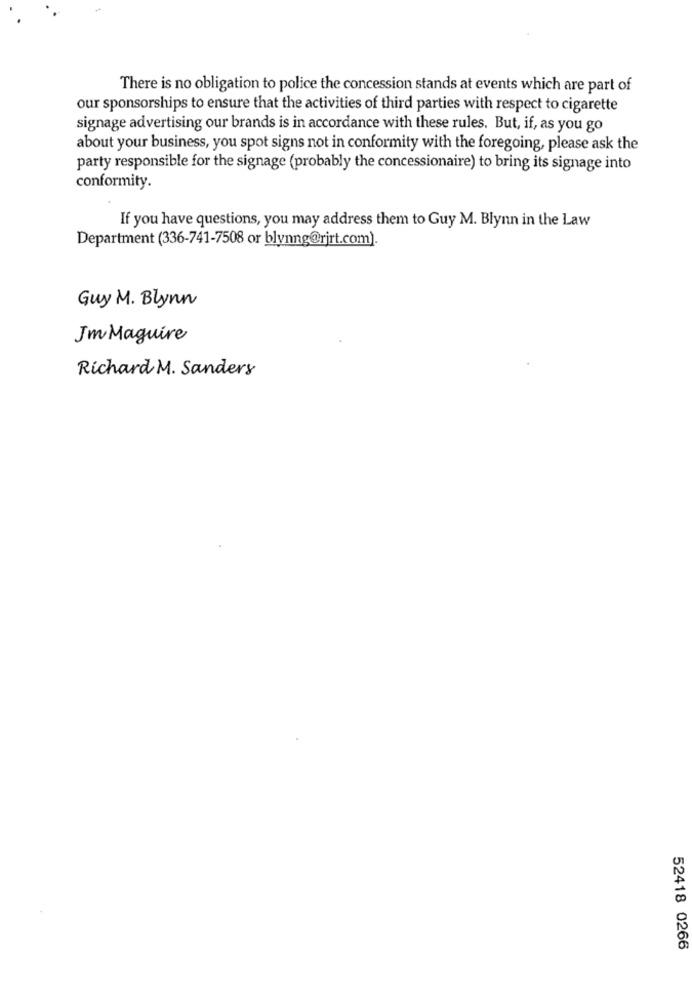
There is no obligation to police the concession stands at events which are part of
our sponsorships to ensure that the activities of third parties with respect to cigarette
signage advertising our brands is in accordance with these rules. But, if, as you go
about your business, you spot signs not in conformity with the foregoing, please ask the
party responsible for the signage (probably the concessionaire) to bring its signage into
conformity.
If you have questions, you may address them to Guy M. Blynn in the Law
Department (336-741-7508 or blynng@rjrt.com).
Guy M. Blynn
Jm Maguire
Richard M. Sanders
52418 0266